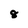
Character: 8